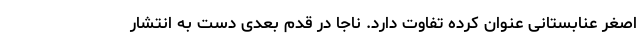
اصغر عنابستانی عنوان کرده تفاوت‌ دارد. ناجا در قدم بعدی دست به انتشار